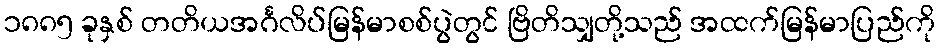
၁၈၈၅ ခုနှစ် တတိယအင်္ဂလိပ်မြန်မာစစ်ပွဲတွင် ဗြိတိသျှတို့သည် အထက်မြန်မာပြည်ကို